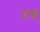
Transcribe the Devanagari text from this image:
उफ्‌